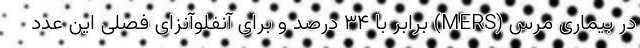
در بیماری مرس (MERS) برابر با ۳۴ درصد و برای آنفلوآنزای فصلی این عدد